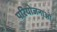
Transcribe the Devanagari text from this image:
परिेयोजनाओं